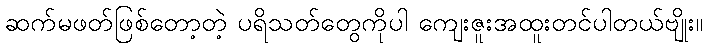
ဆက်မဖတ်ဖြစ်တော့တဲ့ ပရိသတ်တွေကိုပါ ကျေးဇူးအထူးတင်ပါတယ်ဗျိုး။